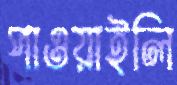
পাওয়াইলি